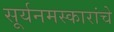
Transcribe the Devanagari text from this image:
सूर्यनमस्कारांचे